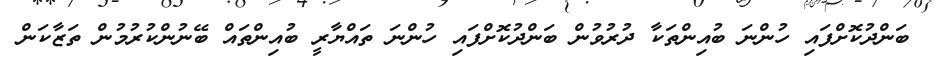
ބަންދުކޮށްފައި ހުންނަ ބުއިންތަކާ ދުރުވުން ބަންދުކޮށްފައި ހުންނަ ތައްޔާރީ ބުއިންތައް ބޭނުންކުރުމުން ތަޒާކަން